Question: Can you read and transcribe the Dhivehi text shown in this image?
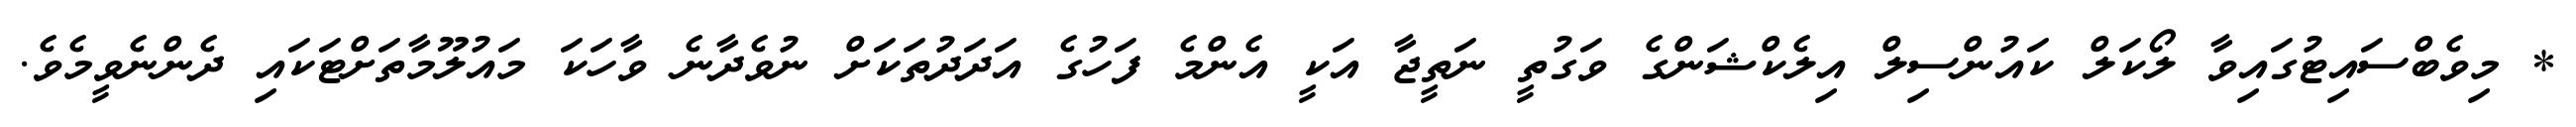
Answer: * މިވެބްސައިޓުގައިވާ ލޯކަލް ކައުންސިލް އިލެކްޝަންގެ ވަގުތީ ނަތީޖާ އަކީ އެންމެ ފަހުގެ އަދަދުތަކަށް ނުވެދާނެ ވާހަކަ މައުލޫމާތަށްޓަކައި ދެންނެވީމެވެ.